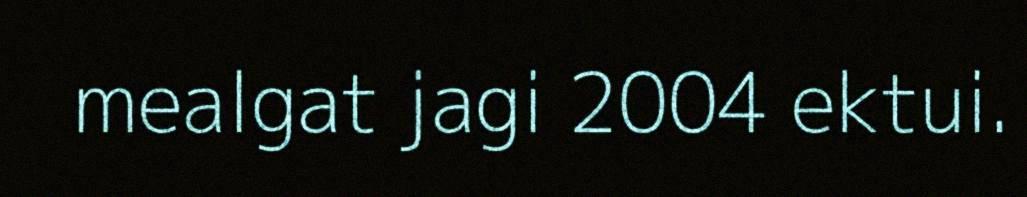
mealgat jagi 2004 ektui.